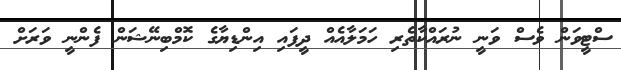
ސްޓީވަން ވެސް ވަނީ ނުރައްކާތެރި ހަމަލާއެއް ދީފައި އިންޑިޔާގެ ކޮމްބިނޭޝަން ފެންނީ ވަރަށް